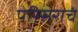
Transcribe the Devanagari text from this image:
परिसराचं